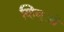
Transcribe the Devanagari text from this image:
व्हिनुओ